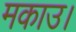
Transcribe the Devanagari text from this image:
मकाउ।